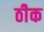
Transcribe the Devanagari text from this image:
ठीेक